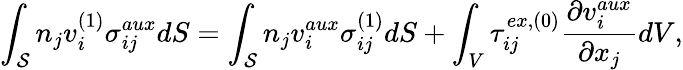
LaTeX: \int_{\mathcal{S}}n_{j}v_{i}^{(1)}\sigma_{ij}^{aux}dS=\int_{\mathcal{S}}n_{j}v_{i}^{aux}\sigma_{ij}^{(1)}dS+\int_{V}\tau_{ij}^{ex,(0)}\frac{\partial v_{i}^{aux}}{\partial x_{j}}dV,